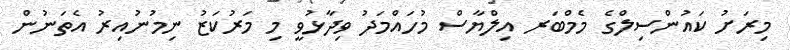
މިރަށު ކައުންސިލްގެ މެމްބަރ އިލްޔާސް މުހައްމަދު ވިދާޅުވީ މި މަރުކަޒު ނިމުނުއިރު އެތަނުން